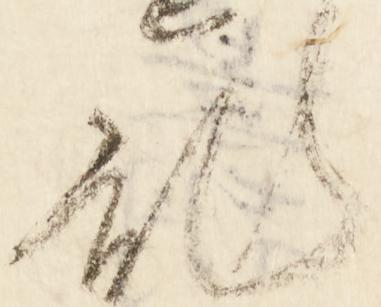
乱